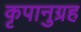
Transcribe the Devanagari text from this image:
कृपानुग्रह